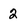
Character: 2